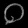
Digit: ၀